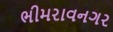
ભીમરાવનગર